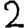
Digit: 2